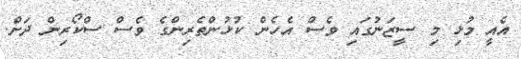
އެއީ މުޅި މި ސީޒަނުގައި ވެސް އެހެން ކުޅުންތެރިންގެ ވެސް ސްކޯރިން ދަށް.